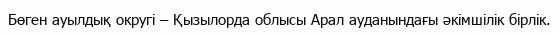
Бөген ауылдық округі – Қызылорда облысы Арал ауданындағы әкімшілік бірлік.